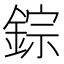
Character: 錝